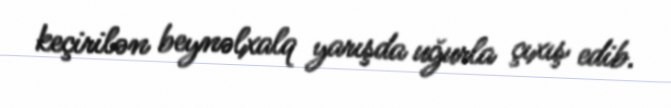
keçirilən beynəlxalq yarışda uğurla çıxış edib.